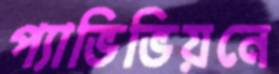
প্যাভিভিয়নে